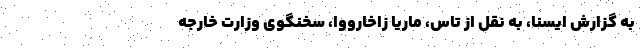
به گزارش ایسنا، به نقل از تاس، ماریا زاخارووا، سخنگوی وزارت خارجه